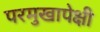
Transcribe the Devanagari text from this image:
परमुखापेक्षी